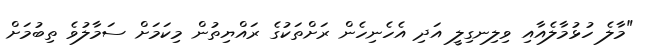
"މާލެ ހުޅުމާލެއާއި ވިލިނގިލީ އަދި އެހެނިހެން ރަށްތަކުގެ ރައްޔިތުން މިކަމަށް ސަމާލުވެ ތިބުމަށް